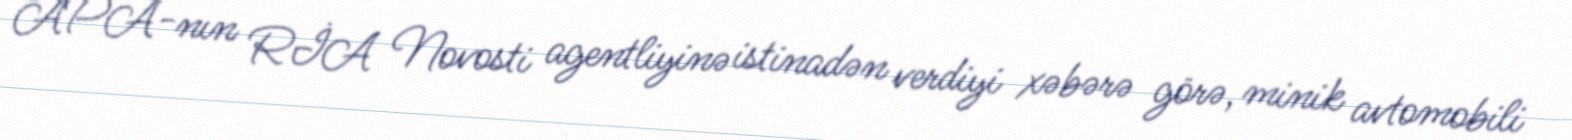
APA-nın RİA Novosti agentliyinə istinadən verdiyi xəbərə görə, minik avtomobili